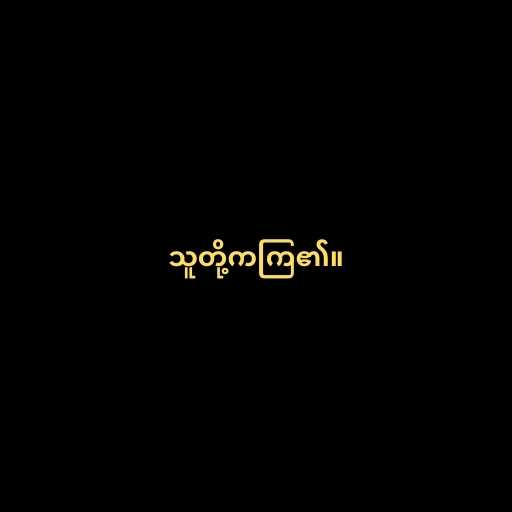
သူတို့ကကြ၏။